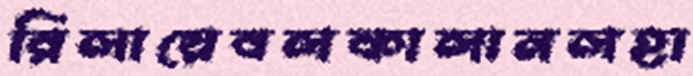
রিলায়েবলকালানলহা